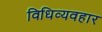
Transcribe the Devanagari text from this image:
विधिव्यवहार